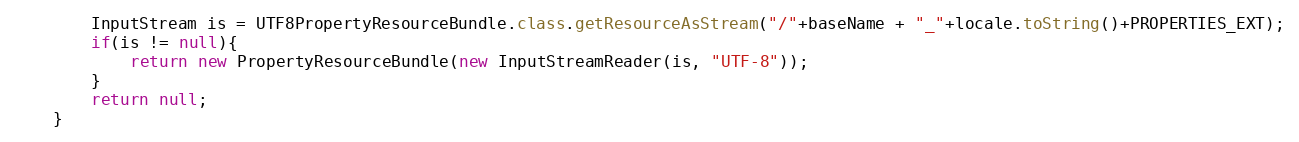
Language: Java
		InputStream is = UTF8PropertyResourceBundle.class.getResourceAsStream("/"+baseName + "_"+locale.toString()+PROPERTIES_EXT);
		if(is != null){
			return new PropertyResourceBundle(new InputStreamReader(is, "UTF-8"));
		}
		return null;
	}